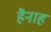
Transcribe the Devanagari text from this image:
हैनाह